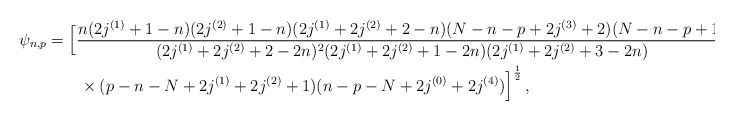
\begin{align*}\psi_{n,p} &= \Big[{\frac{n(2j^{(1)}+1-n)(2j^{(2)}+1-n)(2j^{(1)}+2j^{(2)}+2-n)(N-n-p+2j^{(3)}+2)(N-n-p+1) }{(2j^{(1)}+2j^{(2)} +2-2n)^2(2j^{(1)}+2j^{(2)}+1-2n)(2j^{(1)}+2j^{(2)}+3-2n) } } \\ &\qquad\times { (p-n-N+2j^{(1)}+2j^{(2)}+1)(n-p-N +2j^{(0)}+2j^{(4)}) }\Big]^{\frac12}\,, \end{align*}